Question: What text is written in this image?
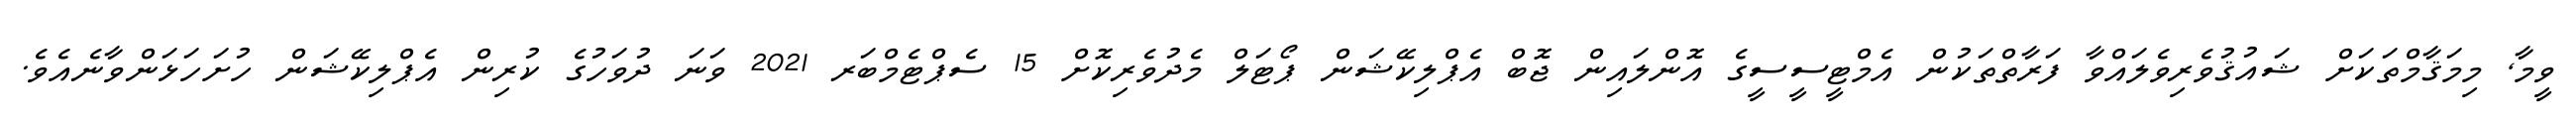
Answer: ވީމާ, މިމަޤާމްތަކަށް ޝައުޤުވެރިވެލައްވާ ފަރާތްތަކުން އެމްޓީސީސީގެ އޮންލައިން ޖޮބް އެޕްލިކޭޝަން ޕޯޓަލް މެދުވެރިކޮށް 15 ސެޕްޓެމްބަރ 2021 ވަނަ ދުވަހުގެ ކުރިން އެޕްލިކޭޝަން ހުށަހަޅަންވާނެއެވެ.